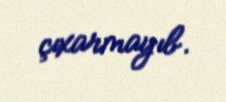
çıxarmayıb.